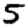
Digit: 5